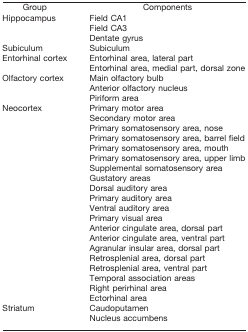
| Group | Components |
 | --- | --- |
 | Hippocampus | Field CA1 |
 |  | Field CA3 |
 |  | Dentate gyrus |
 | Subiculum | Subiculum |
 | Entorhinal cortex | Entorhinal area, lateral part |
 |  | Entorhinal area, medial part, dorsal zone |
 | Olfactory cortex | Main olfactory bulb |
 |  | Anterior olfactory nucleus |
 |  | Piriform area |
 | Neocortex | Primary motor area |
 |  | Secondary motor area |
 |  | Primary somatosensory area, nose |
 |  | Primary somatosensory area, barrel field |
 |  | Primary somatosensory area, mouth |
 |  | Primary somatosensory area, upper limb |
 |  | Supplemental somatosensory area |
 |  | Gustatory areas |
 |  | Dorsal auditory area |
 |  | Primary auditory area |
 |  | Ventral auditory area |
 |  | Primary visual area |
 |  | Anterior cingulate area, dorsal part |
 |  | Anterior cingulate area, ventral part |
 |  | Agranular insular area, dorsal part |
 |  | Retrosplenial area, dorsal part |
 |  | Retrosplenial area, ventral part |
 |  | Temporal association areas |
 |  | Right perirhinal area |
 |  | Ectorhinal area |
 | Striatum | Caudoputamen |
 |  | Nucleus accumbens |